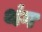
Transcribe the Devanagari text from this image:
थंग